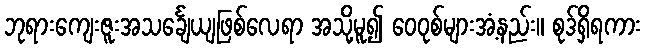
ဘုရားကျေးဇူးအသင်္ချေယျဖြစ်လေရာ အသို့မူ၍ ဝေဝုစ်များအံ့နည်း။ စုဒ်ရှိရကား